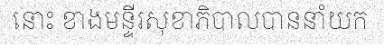
នោះ ខាងមន្ទីរសុខាភិបាលបាននាំយក